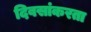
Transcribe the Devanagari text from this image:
दिवसांकरता